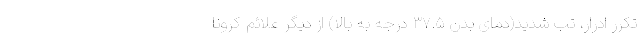
تکرر ادرار، تب شدید(دمای بدن ۳۷.۵ درجه به بالا) از دیگر علائم کرونا